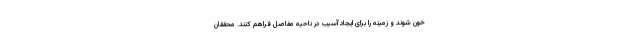
خون شوند و زمینه را برای ایجاد آسیب در ناحیه مفاصل فراهم کنند. محققان